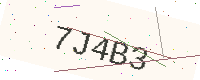
Text: 7J4B3